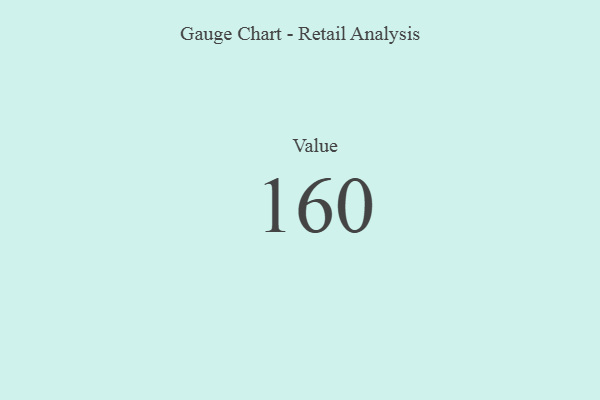
{"axis": {"x": "Metric", "y": "Value"}, "legend": [""], "data": [{"x": "Value", "y": 160, "type": ""}]}